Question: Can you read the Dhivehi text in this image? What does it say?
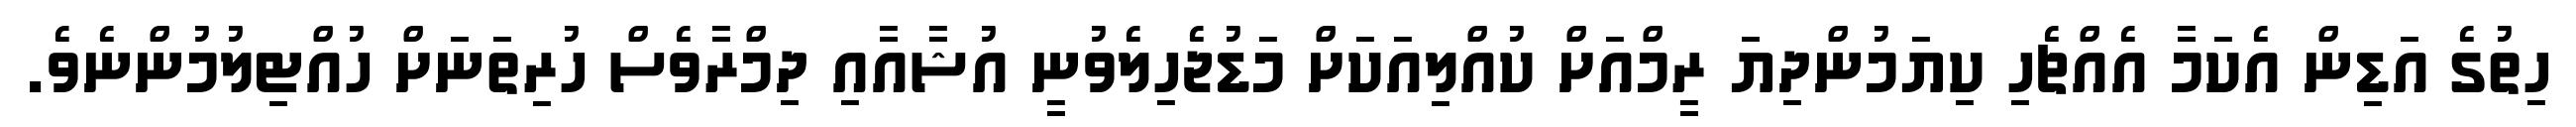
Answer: ހިތުގެ އަޑިން އެކަމާ އެއްޗެހި ކިޔަމުންދިޔަ ރީމްއަށް ކުއްލިއަކަށް މަޑުޖެހިލެވުނީ އުޝާއާއި ދިމްރާވެސް ހުރިތަނަށް ހުއްޓިލުމުންނެވެ.